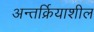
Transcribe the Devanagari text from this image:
अन्तर्क्रियाशील